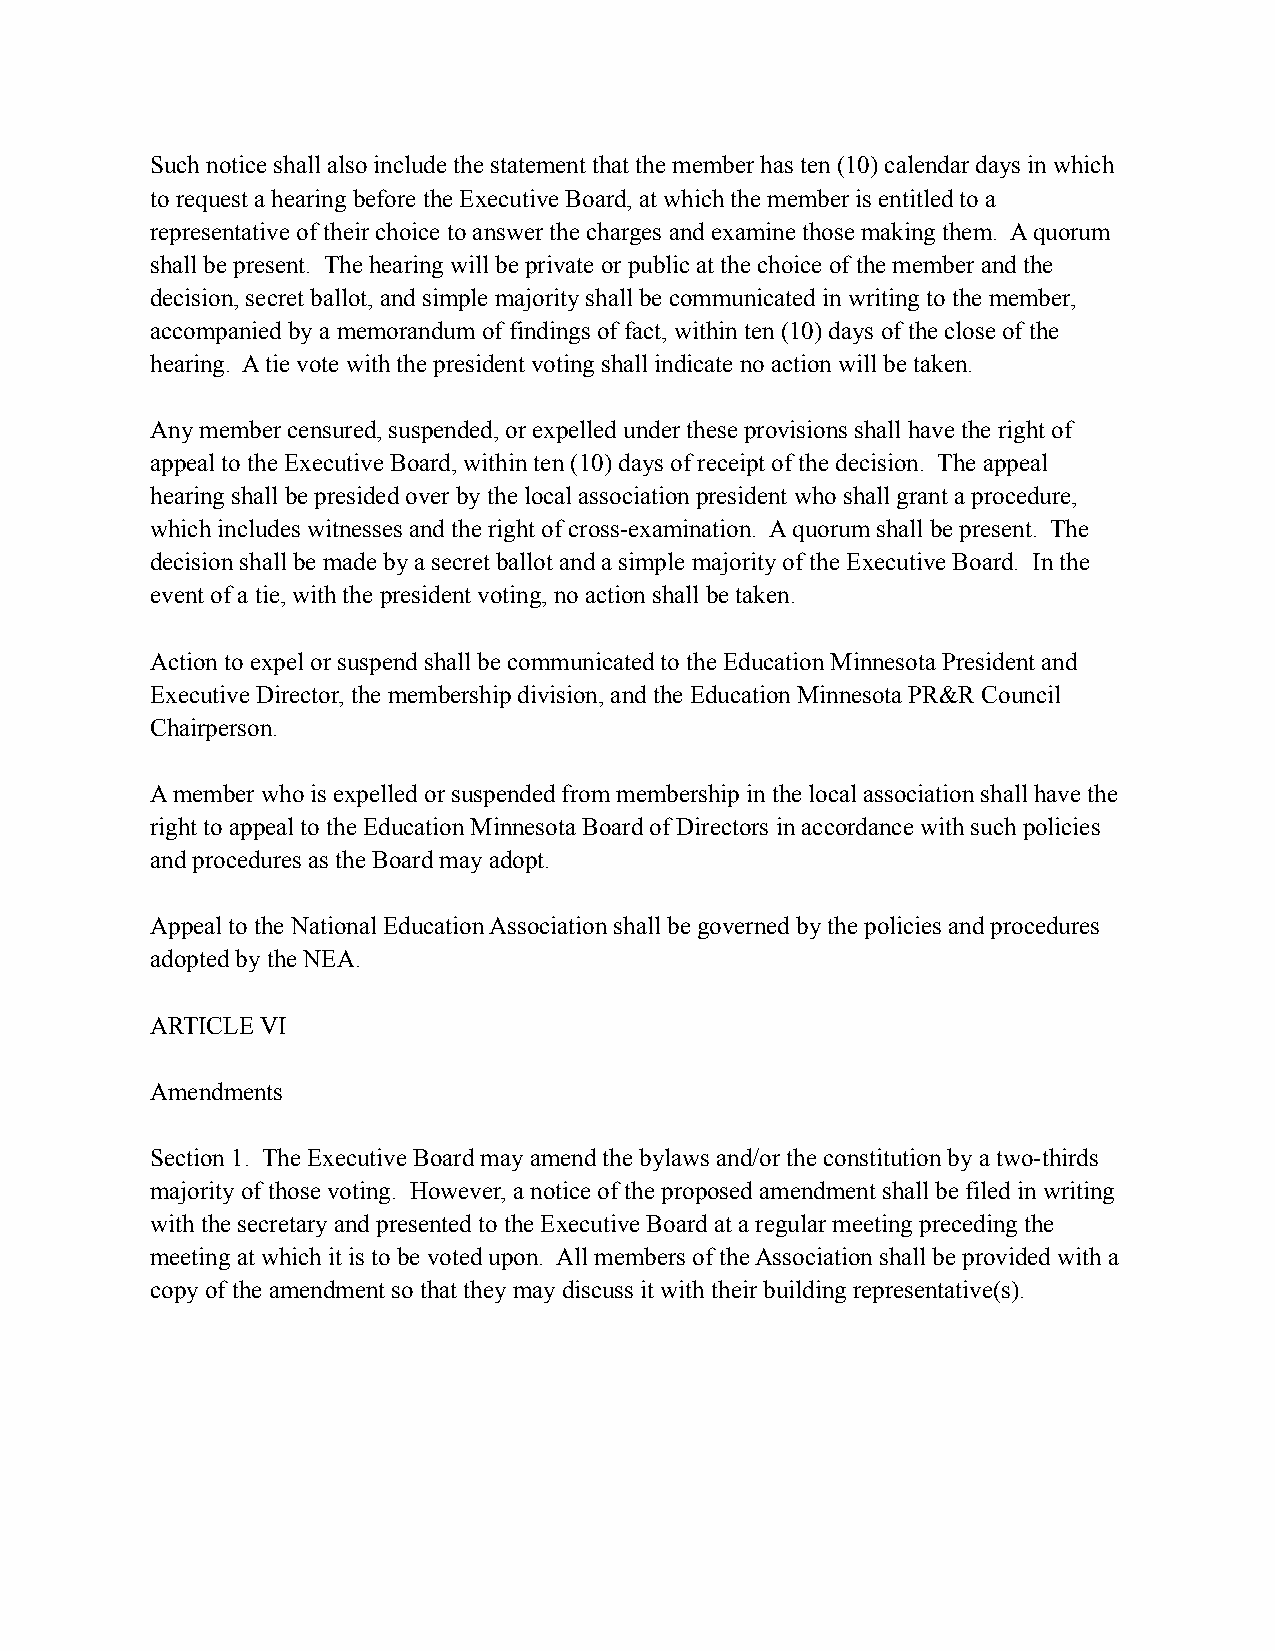
Such notice shall also include the statement that the member has ten (10) calendar days in which
 to request a hearing before the Executive Board, at which the member is entitled to a
 representative of their choice to answer the charges and examine those making them. A quorum
 shall be present. The hearing will be private or public at the choice of the member and the
 decision, secret ballot, and simple majority shall be communicated in writing to the member,
 accompanied by a memorandum of findings of fact, within ten (10) days of the close of the
 hearing. A tie vote with the president voting shall indicate no action will be taken.
 Any member censured, suspended, or expelled under these provisions shall have the right of
 appeal to the Executive Board, within ten (10) days of receipt of the decision. The appeal
 hearing shall be presided over by the local association president who shall grant a procedure,
 which includes witnesses and the right of cross-examination. A quorum shall be present. The
 decision shall be made by a secret ballot and a simple majority of the Executive Board. In the
 event of a tie, with the president voting, no action shall be taken.
 Action to expel or suspend shall be communicated to the Education Minnesota President and
 Executive Director, the membership division, and the Education Minnesota PR&R Council
 Chairperson.
 A member who is expelled or suspended from membership in the local association shall have the
 right to appeal to the Education Minnesota Board of Directors in accordance with such policies
 and procedures as the Board may adopt.
 Appeal to the National Education Association shall be governed by the policies and procedures
 adopted by the NEA.
 ARTICLE VI
 Amendments
 Section 1. The Executive Board may amend the bylaws and/or the constitution by a two-thirds
 majority of those voting. However, a notice of the proposed amendment shall be filed in writing
 with the secretary and presented to the Executive Board at a regular meeting preceding the
 meeting at which it is to be voted upon. All members of the Association shall be provided with a
 copy of the amendment so that they may discuss it with their building representative(s).